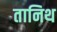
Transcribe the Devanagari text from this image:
तानिथ